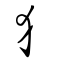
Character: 犭